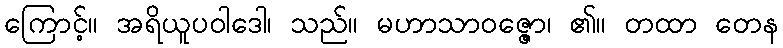
ကြောင့်။ အရိယူပဝါဒေါ၊ သည်။ မဟာသာဝဇ္ဇော၊ ၏။ တထာ တေန